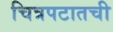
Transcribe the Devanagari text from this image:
चित्रपटातची